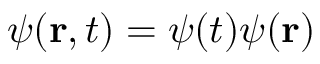
\psi ( { \bf { r } } , t ) = \psi ( t ) \psi ( { \bf { r } } )